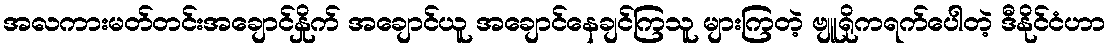
အလကားမတ်တင်းအချောင်နှိုက် အချောင်ယူ အချောင်နေချင်ကြသူ များကြတဲ့ ဗျူရိုကရက်ပေါတဲ့ ဒီနိုင်ငံဟာ